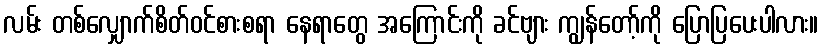
လမ်း တစ်လျှောက်စိတ်ဝင်စားစရာ နေရာတွေ အကြောင်းကို ခင်ဗျား ကျွန်တော့်ကို ပြောပြပေးပါလား။